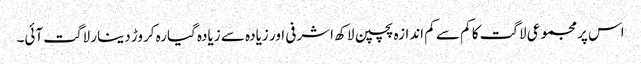
اس پرمجموعی لاگت کا کم سے کم اندازہ پچپن لاکھ اشرفی اور زیادہ سے زیادہ گیارہ کروڑ دینار لاگت آئی۔